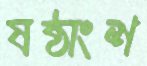
ষষ্ঠাংশ